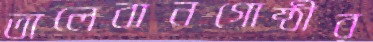
তালেবানগোষ্ঠীর